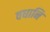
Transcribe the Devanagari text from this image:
वधानि